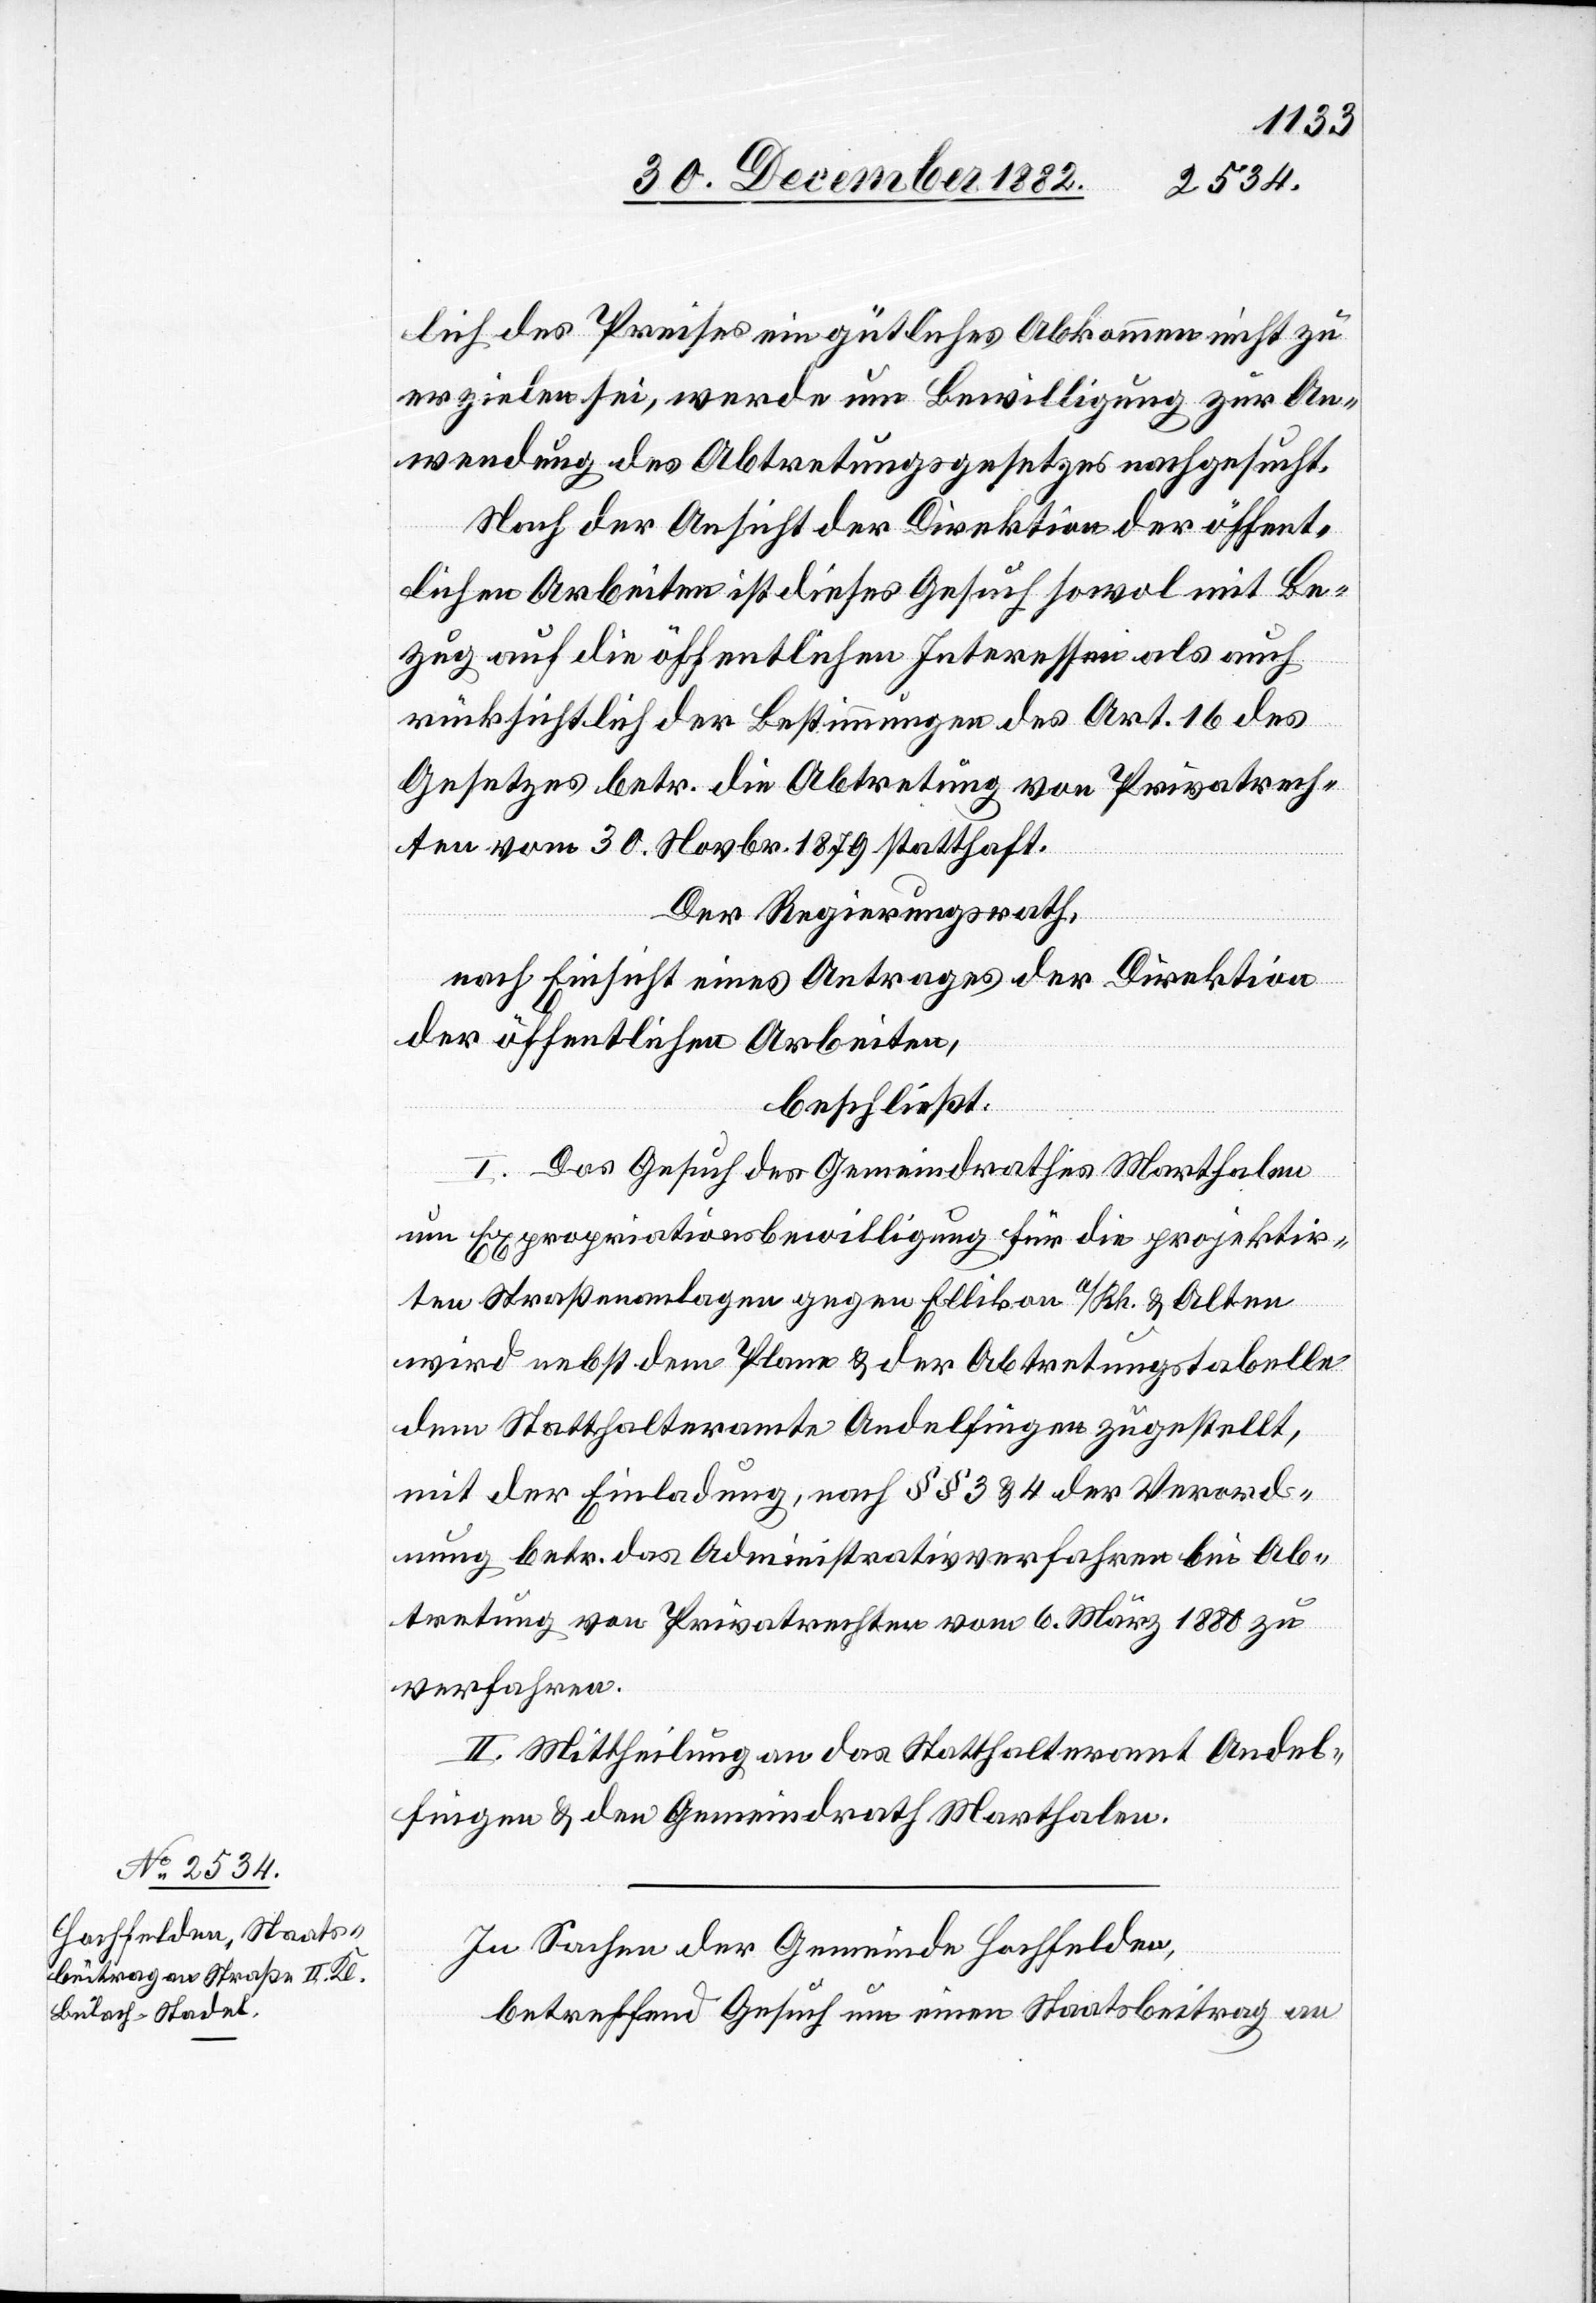
lich des Preises ein gütliches Abkommen nicht zu
erzielen sei, werde um Bewilligung zur An¬
wendung des Abtretungsgesetzes nachgesucht.
Nach der Ansicht der Direktion der öffent¬
lichen Arbeiten ist dieses Gesuch sowol mit Be¬
zug auf die öffentlichen Interessen als auch
rücksichtlich der Bestimmungen des Art. 16 es
Gesetzes betr. die Abtretung von Privatrech¬
ten vom 30. Novbr. 1879 statthaft.
Der Regierungsrath,
nach Einsicht eines Antrages der Direktion
der öffentlichen Arbeiten,
beschließt:
I. Das Gesuch des Gemeindrathes Marthalen
um Expropriationsbewilligung für die projektir¬
ten Straßenanlagen gegen Ellikon a/Rh. & Alten
wird nebst dem Plane & der Abtretungstabelle
dem Statthalteramte Andelfingen zugestellt,
mit der Einladung, nach §§ 3 & 4 der Verord¬
nung betr. das Administrativverfahren bei Ab¬
tretung von Privatrechten vom 6. März 1880 zu
verfahren.
II. Mittheilung an das Statthalteramt Andel¬
fingen & den Gemeindrath Marthalen.
In Sachen der Gemeinde Hochfelden,
betreffend Gesuch um einen Staatsbeitrag an